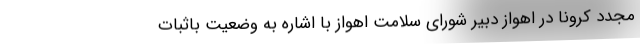
مجدد کرونا در اهواز دبیر شورای سلامت اهواز با اشاره به وضعیت باثبات